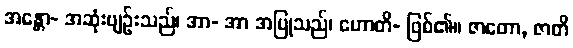
အန္တော- အဆုံးဗျဉ်းသည်၊ အာ- အာ အပြုသည်၊ ဟောတိ- ဖြစ်၏။ ဇာတော, ဇာတိ